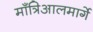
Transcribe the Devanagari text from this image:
माँत्रिआलमार्गे